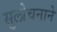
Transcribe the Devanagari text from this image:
सुलोचनाने